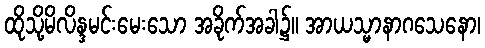
ထိုသို့မိလိန္ဒမင်းမေးသော အခိုက်အခါ၌။ အာယသ္မာနာဂသေနော၊